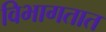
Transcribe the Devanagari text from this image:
विभागतात